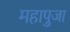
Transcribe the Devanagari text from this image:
महापुजा